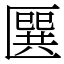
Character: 㔵